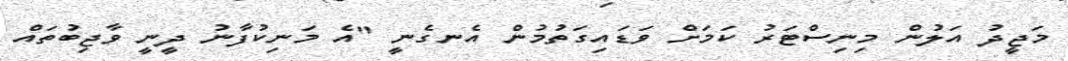
މަޖީދު އަލުން މިނިސްޓަރު ކަމަށް ވަޑައިގަތުމުން އެނގެނީ "އެ މަނިކުފާނު ދީނީ ވާޖިބުތައް